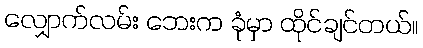
လျှောက်လမ်း ဘေးက ခုံမှာ ထိုင်ချင်တယ်။